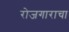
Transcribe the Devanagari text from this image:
रोजगाराचा